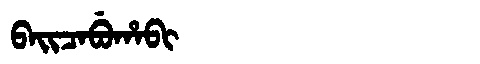
Manchu: ᠪᠠᡳᠴᠠᠪᡠᡥᠠᠪᡳ
Romanization: BAICABUHABI